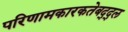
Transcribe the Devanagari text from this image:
परिणामकारकतेबद्द्ल